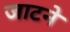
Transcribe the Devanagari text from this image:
जाटने